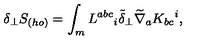
\delta _ { \perp } S _ { ( h o ) } = \int _ { m } L ^ { a b c } { } _ { i } \tilde { \delta } _ { \perp } \widetilde \nabla _ { a } K _ { b c } { } ^ { i } ,